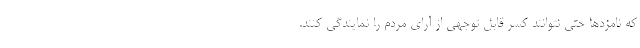
كه نامزدها حتي نتوانند كسر قابل توجهي از آرای مردم را نمايندگي كنند.